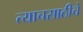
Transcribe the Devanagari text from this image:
त्याचसाठीचे